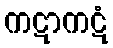
ကဋာကဋံ